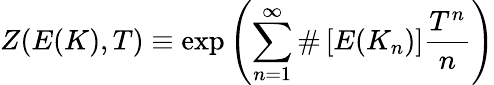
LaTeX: Z(E(K),T)\equiv\exp\left(\sum_{n=1}^{\infty}\# \left[E(K_{n})\right]{\frac{T^{n}}{n}}\right)